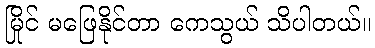
မြိုင် မဖြေနိုင်တာ ကေသွယ် သိပါတယ်။